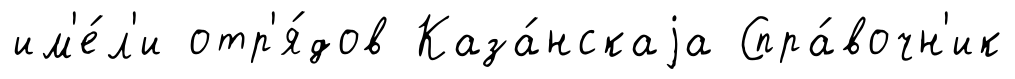
им'е́л'и отр'я́дов Каза́нскаjа Спра́вочн'ик